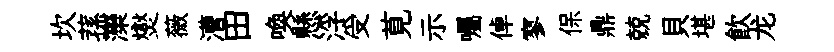
坎蓀灤爕薇漕田喚懸浮受莧示囑倬寥保鼎兢貝堪飲龙